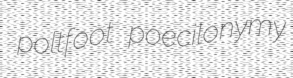
poltfoot poecilonymy